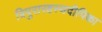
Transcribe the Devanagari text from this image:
त्रिपुरारहस्यदीपिका